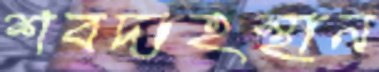
শবদাহস্থান